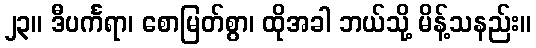
၂၃။ ဒီပင်္ကရာ၊ စောမြတ်စွာ၊ ထိုအခါ ဘယ်သို့ မိန့်သနည်း။